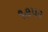
૧૭૫૨